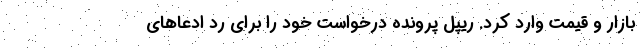
بازار و قیمت وارد کرد. ریپل پرونده درخواست خود را برای رد ادعاهای